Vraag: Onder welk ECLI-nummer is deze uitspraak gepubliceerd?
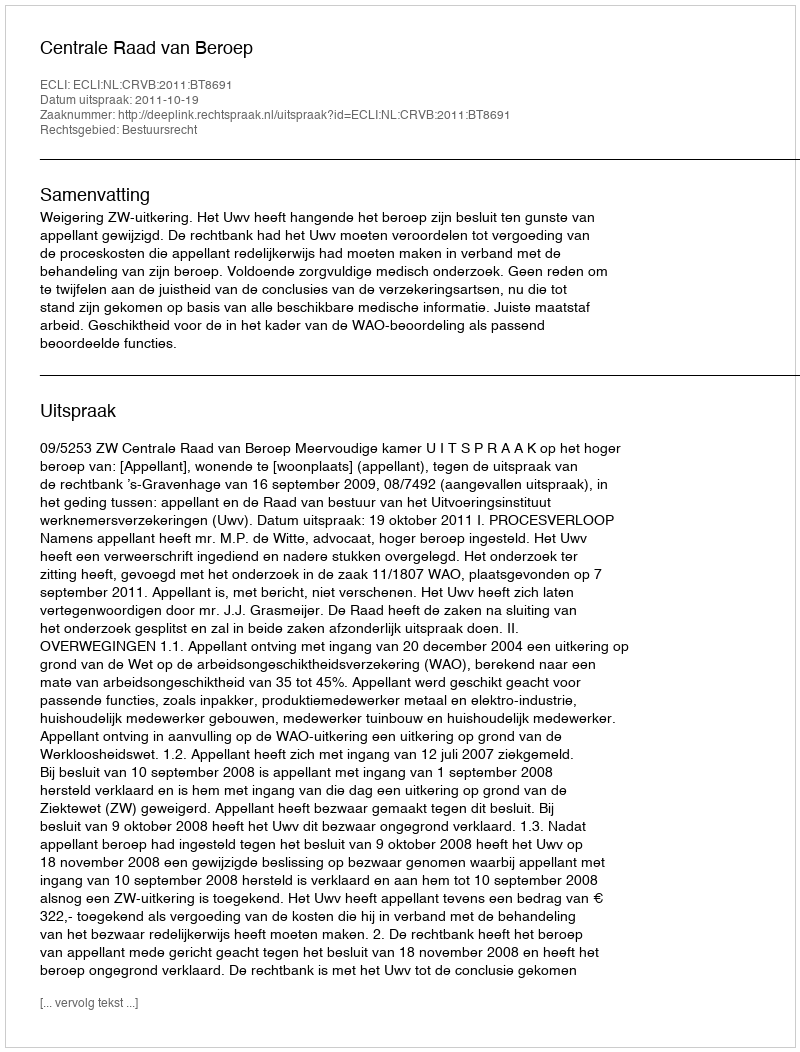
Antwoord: ECLI:NL:CRVB:2011:BT8691